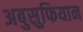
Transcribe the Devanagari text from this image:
अबुसुफियान